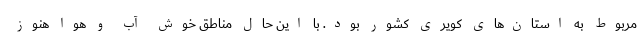
مربوط به استان‌های کویری کشور بود. با این حال مناطق خوش آب و هوا هنوز